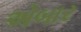
એબાર